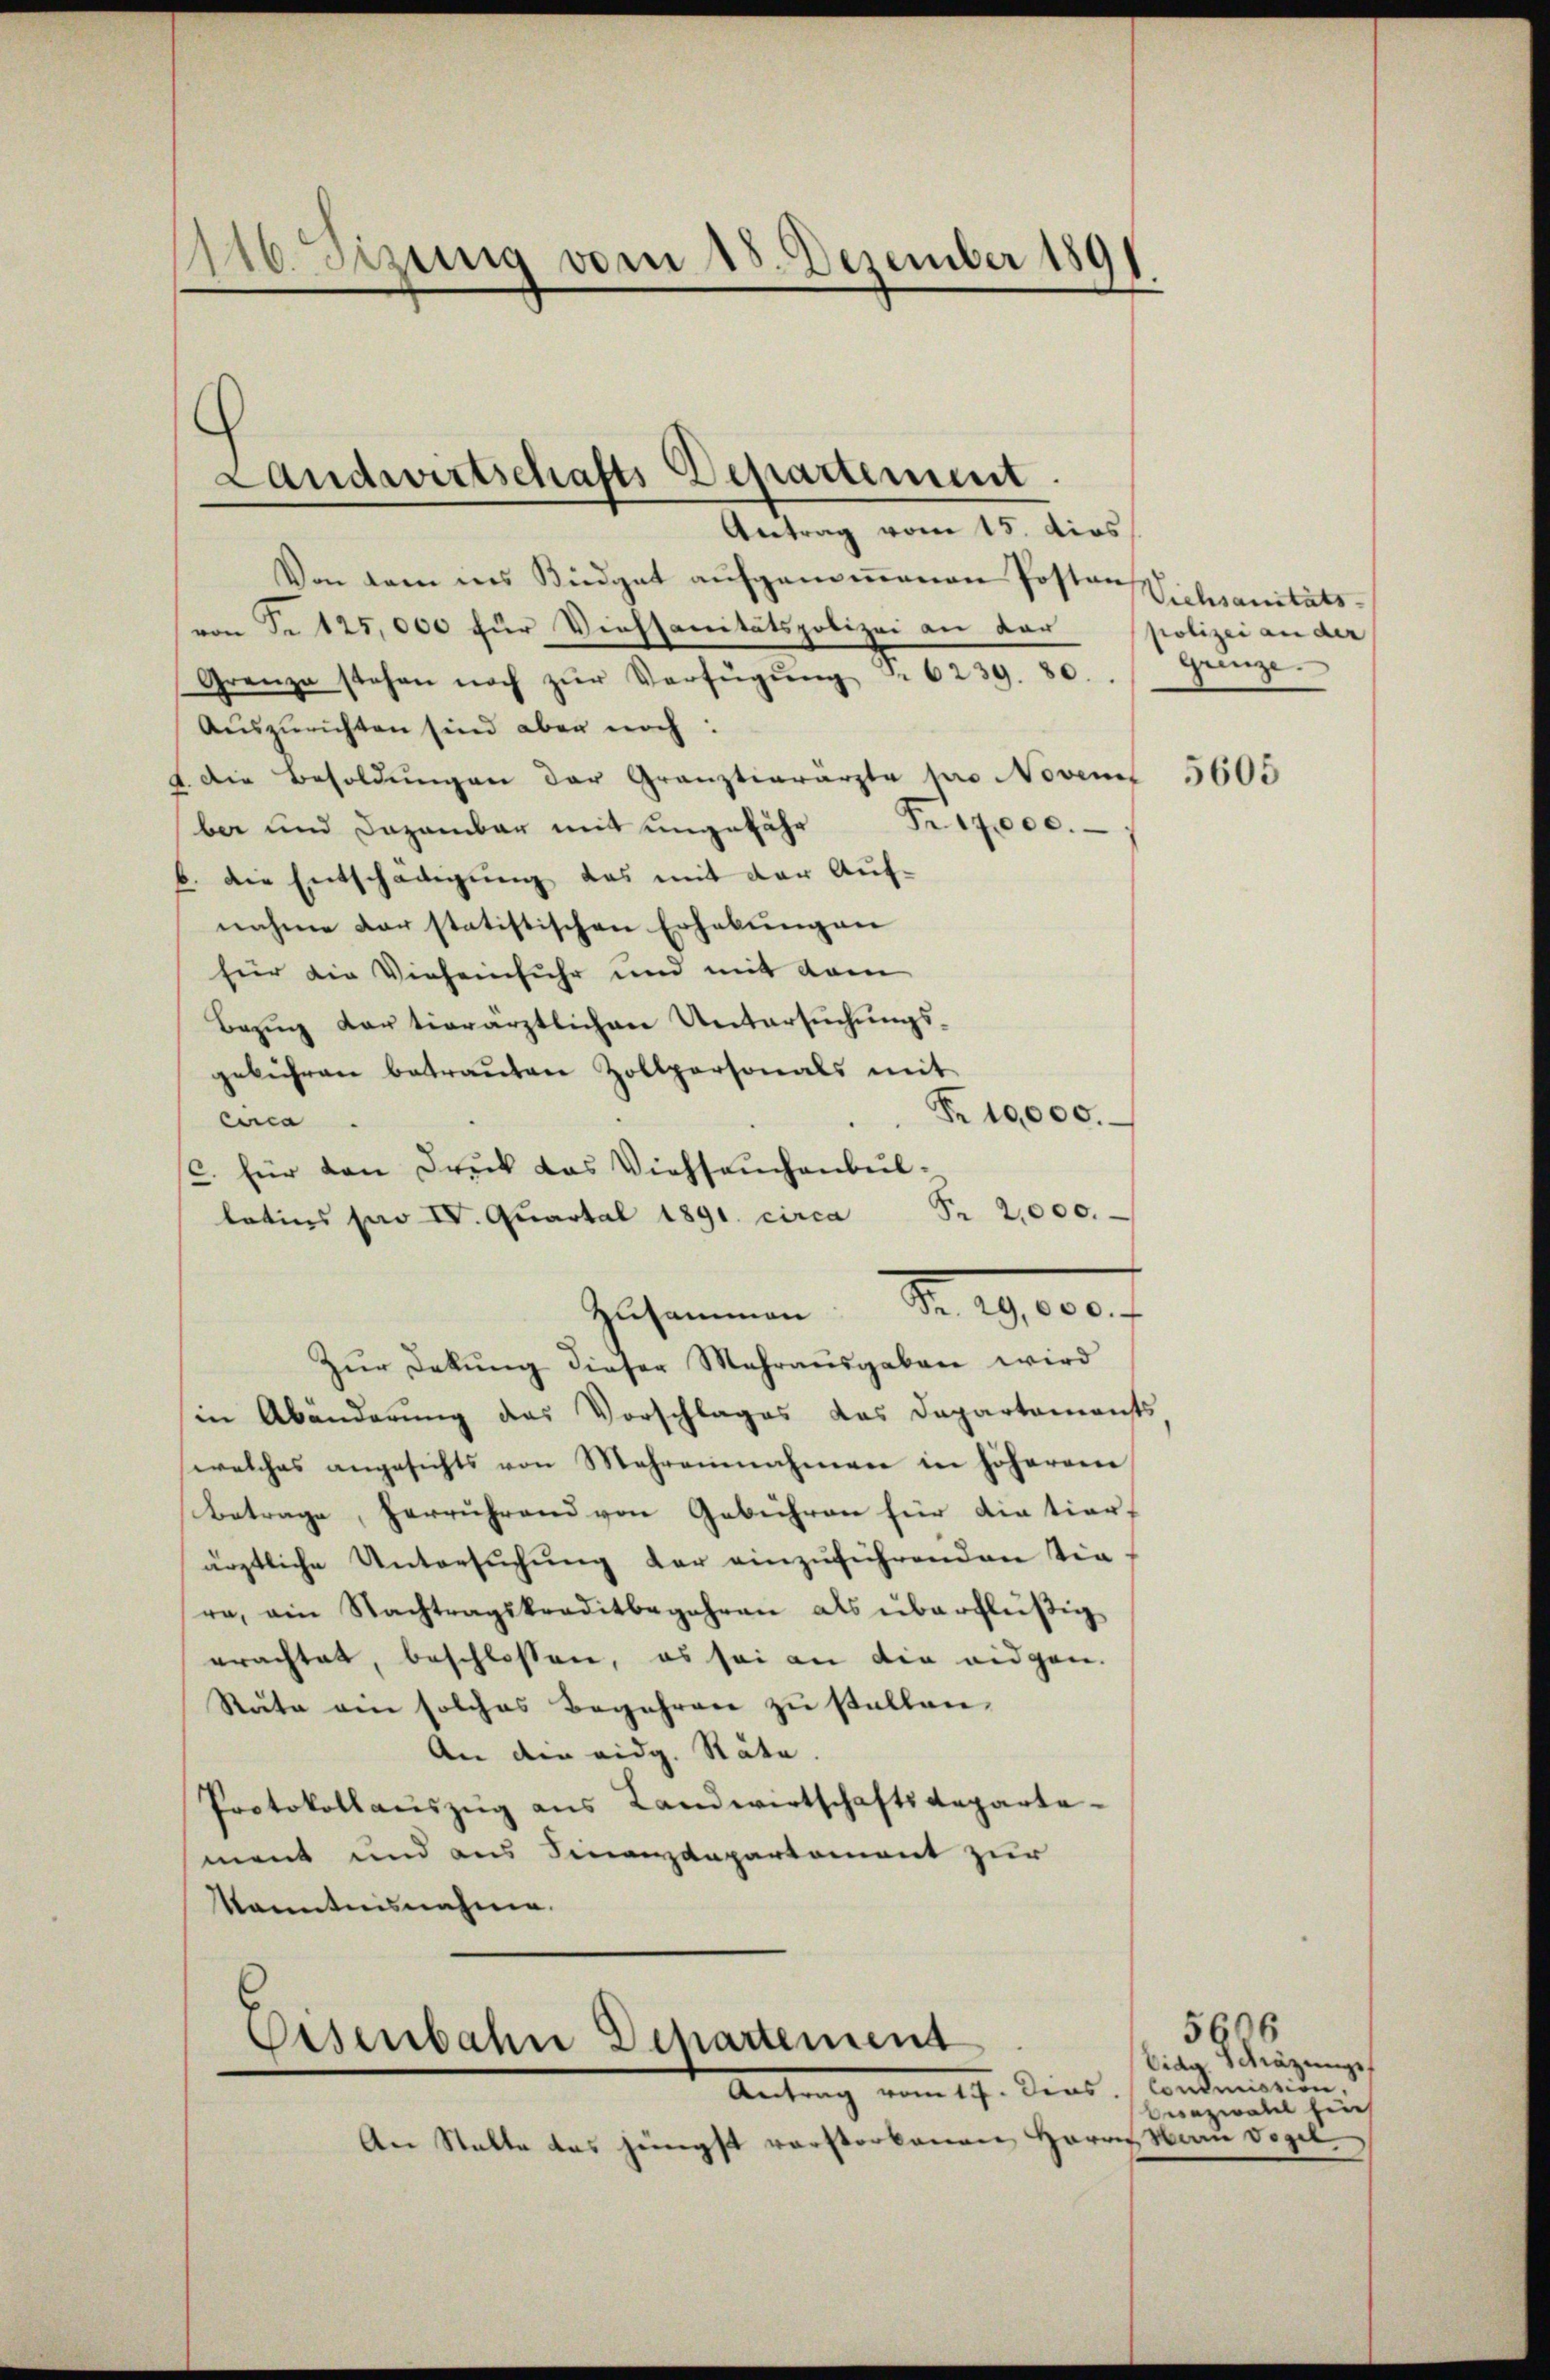
1110. Sizung vom 15. Dezember 189

Landwirtschafts Departement

Antrag vom 15. dies
Von dem ins Kundgat aufgenommenen Posten Wichsanitäts
von Fr. 125,000 für Viehsanitätspolizei an dar
Grenze stehen noch zŭr Verfügŭng S. 6239. 80.
Auszurichten sind aber noch:
. Die Besoldŭngen der Gränztierärzte pro Novemit 5605
Proce
ber und Dazambar mit ungefähr
die Entschädigung das mit der Auf-
nahme darstatistischen Erhebungen
für die Vieheinfuhr und mit dem
Bezŭg dortionärztlichen Untersŭchŭngs-
gebühren betraŭten Zollpersonals mit
Nr. 10,000.
circa
(C. für den Druck das Viehseuchenbul¬
Fr. 2,000.
latins par IV. Quartal 1891. circa
Zusammen S. 19,000 f
Zur Dekŭng dieser Mehrausgaben wird
in Abänderung das Vorschlages das Departements
welches angesichts von Mehreinnahmen in höherein
Betrage, herrührend von Gebühren für die tier,
ärztliche Untersŭchŭng der einzuführenden Tie
ra, ain Nachtragskreditbegehren als überflüßig
erachtet, beschlossen, es sei an die eidgen.
Rute ein solches Begehren zu stellen.
An die eidg. Stäte.
Protokollaŭszŭg ans Landwirtschaftsdeparte-
ment und aus Finanzdepartement zur
Kenntnisnahme.
Eisenbahn Departement

Antrag vom 19. Ders. Condinition.

An Statte das jüngst verstorbenen Herrn Man vogel.

polizei an der
Grenze

5606
bis Schazungs
Berzwalt ein